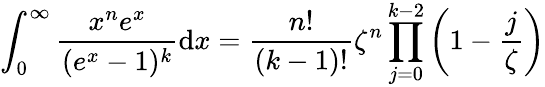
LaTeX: \int_{0}^{\infty}{\frac{x^{n}e^{x}}{(e^{x}-1)^{k}}}\mathrm{d}x={\frac{n!}{(k-1)!}}\zeta^{n}\prod_{j=0}^{k-2}\left(1-{\frac{j}{\zeta}}\right)